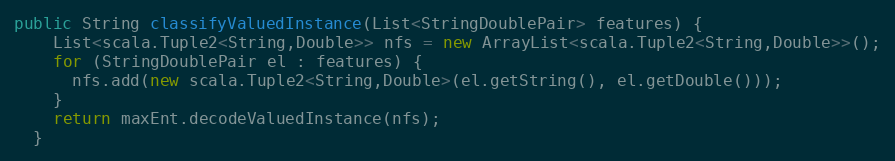
Language: Java
public String classifyValuedInstance(List<StringDoublePair> features) {
    List<scala.Tuple2<String,Double>> nfs = new ArrayList<scala.Tuple2<String,Double>>();
    for (StringDoublePair el : features) {
      nfs.add(new scala.Tuple2<String,Double>(el.getString(), el.getDouble()));
    }
    return maxEnt.decodeValuedInstance(nfs);
  }